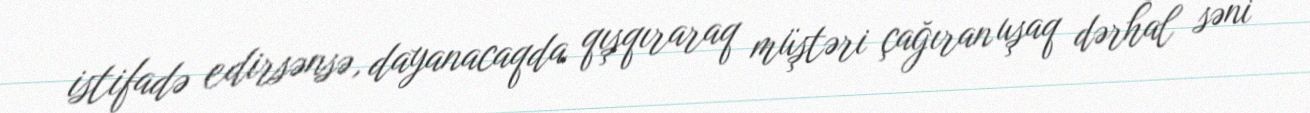
istifadə edirsənsə, dayanacaqda qışqıraraq müştəri çağıran uşaq dərhal səni